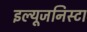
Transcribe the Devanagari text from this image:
इल्‍यूजनिस्‍टा